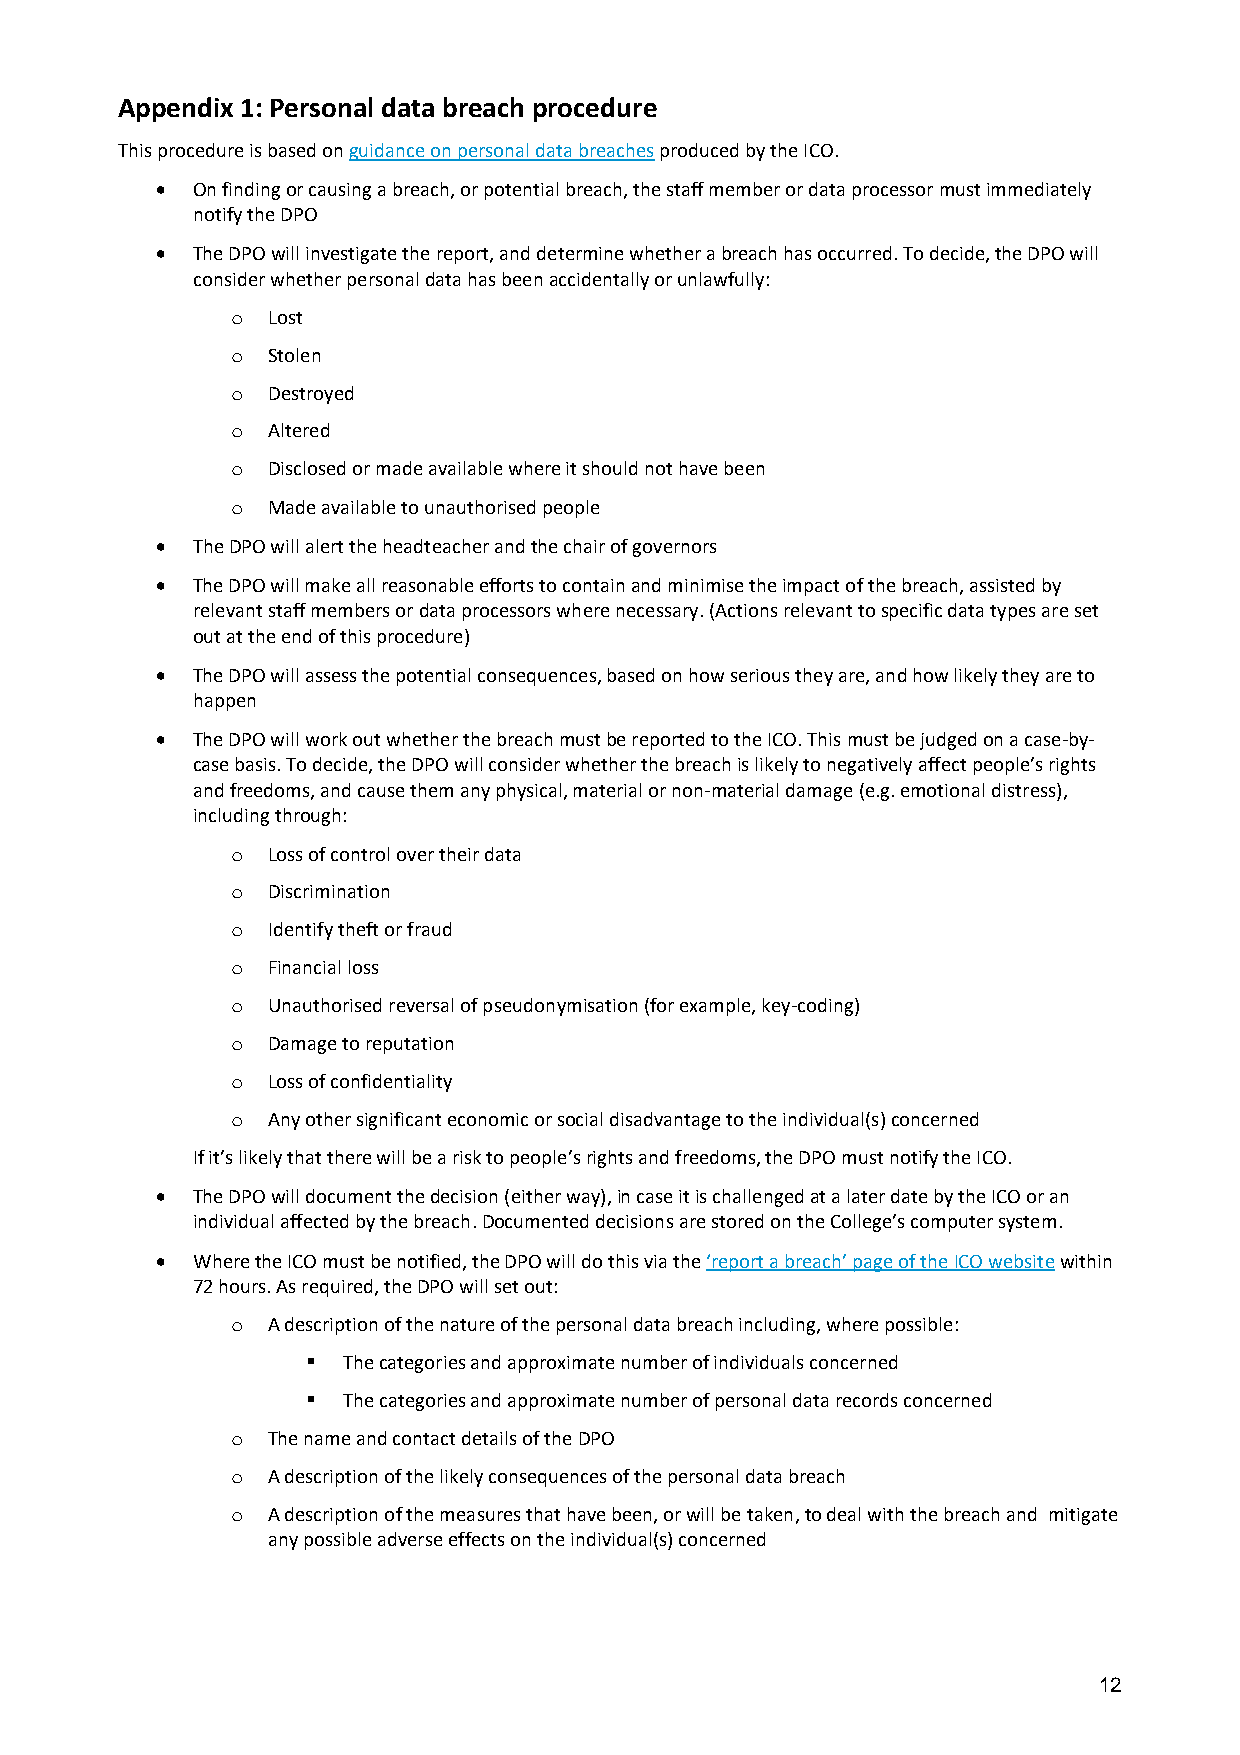
Appendix 1: Personal data breach procedure
 This procedure is based on guidance on personal data breaches produced by the ICO.
 •  On finding or causing a breach, or potential breach, the staff member or data processor must immediately
 notify the DPO
 •  The DPO will investigate the report, and determine whether a breach has occurred. To decide, the DPO will
 consider whether personal data has been accidentally or unlawfully:
 o  Lost
 o  Stolen
 o  Destroyed
 o  Altered
 o  Disclosed or made available where it should not have been
 o  Made available to unauthorised people
 •  The DPO will alert the headteacher and the chair of governors
 •  The DPO will make all reasonable efforts to contain and minimise the impact of the breach, assisted by
 relevant staff members or data processors where necessary. (Actions relevant to specific data types are set
 out at the end of this procedure)
 •  The DPO will assess the potential consequences, based on how serious they are, and how likely they are to
 happen
 •  The DPO will work out whether the breach must be reported to the ICO. This must be judged on a case-by-
 case basis. To decide, the DPO will consider whether the breach is likely to negatively affect people’s rights
 and freedoms, and cause them any physical, material or non-material damage (e.g. emotional distress),
 including through:
 o  Loss of control over their data
 o  Discrimination
 o  Identify theft or fraud
 o  Financial loss
 o  Unauthorised reversal of pseudonymisation (for example, key-coding)
 o  Damage to reputation
 o  Loss of confidentiality
 o  Any other significant economic or social disadvantage to the individual(s) concerned
 If it’s likely that there will be a risk to people’s rights and freedoms, the DPO must notify the ICO.
 •  The DPO will document the decision (either way), in case it is challenged at a later date by the ICO or an
 individual affected by the breach. Documented decisions are stored on the College’s computer system.
 •  Where the ICO must be notified, the DPO will do this via the ‘report a breach’ page of the ICO website within
 72 hours. As required, the DPO will set out:
 o  A description of the nature of the personal data breach including, where possible:
 ▪  The categories and approximate number of individuals concerned
 ▪  The categories and approximate number of personal data records concerned
 o  The name and contact details of the DPO
 o  A description of the likely consequences of the personal data breach
 o  A description of the measures that have been, or will be taken, to deal with the breach and mitigate
 any possible adverse effects on the individual(s) concerned
 12